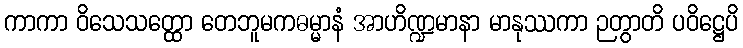
ကာကာ ဝိသေသတ္ထော တေဘူမကဓမ္မာနံ အာဟိဏ္ဍမာနာ မာနုဿကာ ဉတွာတိ ပဝိဋ္ဌေပိ